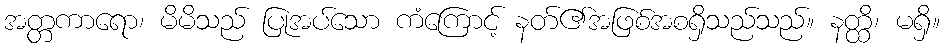
အတ္တကာရော၊ မိမိသည် ပြုအပ်သော ကံကြောင့် နတ်၏အဖြစ်အစရှိသည်သည်။ နတ္ထိ၊ မရှိ။